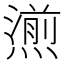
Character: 𤏄